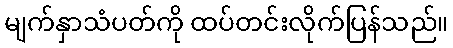
မျက်နှာသံပတ်ကို ထပ်တင်းလိုက်ပြန်သည်။